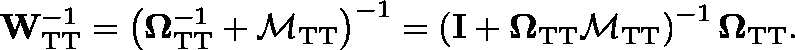
\mathbf { W } _ { \mathrm { T T } } ^ { - 1 } = \left( \mathbf { \Omega } _ { \mathrm { T T } } ^ { - 1 } + \mathbf { \mathcal { M } } _ { \mathrm { T T } } \right) ^ { - 1 } = \left( \mathbf { I } + \mathbf { \Omega } _ { \mathrm { T T } } \mathbf { \mathcal { M } } _ { \mathrm { T T } } \right) ^ { - 1 } \mathbf { \Omega } _ { \mathrm { T T } } .